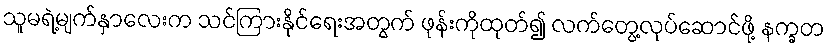
သူမရဲ့မျက်နှာလေးက သင်ကြားနိုင်ရေးအတွက် ဖုန်းကိုထုတ်၍ လက်တွေ့လုပ်ဆောင်ဖို့ နက္ခတ